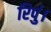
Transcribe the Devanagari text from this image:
रिपुं।